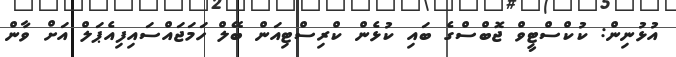
އުޅުނިން: ކުކްސްޓީވް ޖޮބްސްގެ ބައި ކުޅެން ކްރިސްޓިއަން ބޭލް ހަމަޖައްސައިފިއެޕަލް އަށް ވާން